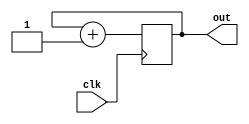
`timescale 1ns / 1ps

module counter(clk, out);
	input                   clk;	// 
    output reg [2:0]        out;	// 

    initial out = 0;
    
    always @(posedge clk) begin		// 1
        out <= out + 1;
    end

endmodule